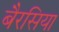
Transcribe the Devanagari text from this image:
बैरसिया